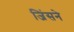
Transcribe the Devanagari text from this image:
जिंसने